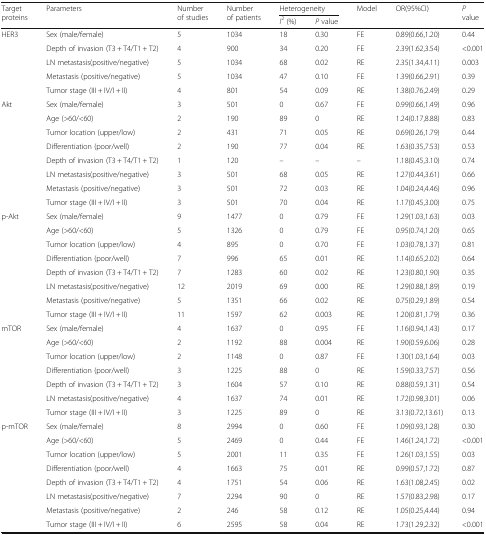
<table><thead><tr><td rowspan="2"><b>Target proteins</b></td><td rowspan="2"><b>Parameters</b></td><td rowspan="2"><b>Number of studies</b></td><td rowspan="2"><b>Number of patients</b></td><td colspan="2"><b>Heterogeneity</b></td><td rowspan="2"><b>Model</b></td><td rowspan="2"><b>OR(95%CI)</b></td><td rowspan="2"><b><i>P</i> value</b></td></tr><tr><td><b><i>I</i><sup>2</sup> (%)</b></td><td><b><i>P</i> value</b></td></tr></thead><tbody><tr><td rowspan="5">HER3</td><td>Sex (male/female)</td><td>5</td><td>1034</td><td>18</td><td>0.30</td><td>FE</td><td>0.89(0.66,1.20)</td><td>0.44</td></tr><tr><td>Depth of invasion (T3 + T4/T1 + T2)</td><td>4</td><td>900</td><td>34</td><td>0.20</td><td>FE</td><td>2.39(1.62,3.54)</td><td>&lt;0.001</td></tr><tr><td>LN metastasis(positive/negative)</td><td>5</td><td>1034</td><td>68</td><td>0.02</td><td>RE</td><td>2.35(1.34,4.11)</td><td>0.003</td></tr><tr><td>Metastasis (positive/negative)</td><td>5</td><td>1034</td><td>47</td><td>0.10</td><td>FE</td><td>1.39(0.66,2.91)</td><td>0.39</td></tr><tr><td>Tumor stage (III + IV/I + II)</td><td>4</td><td>801</td><td>54</td><td>0.09</td><td>RE</td><td>1.38(0.76,2.49)</td><td>0.29</td></tr><tr><td rowspan="8">Akt</td><td>Sex (male/female)</td><td>3</td><td>501</td><td>0</td><td>0.67</td><td>FE</td><td>0.99(0.66,1.49)</td><td>0.96</td></tr><tr><td>Age (&gt;60/&lt;60)</td><td>2</td><td>190</td><td>89</td><td>0</td><td>RE</td><td>1.24(0.17,8.88)</td><td>0.83</td></tr><tr><td>Tumor location (upper/low)</td><td>2</td><td>431</td><td>71</td><td>0.05</td><td>RE</td><td>0.69(0.26,1.79)</td><td>0.44</td></tr><tr><td>Differentiation (poor/well)</td><td>2</td><td>190</td><td>77</td><td>0.04</td><td>RE</td><td>1.63(0.35,7.53)</td><td>0.53</td></tr><tr><td>Depth of invasion (T3 + T4/T1 + T2)</td><td>1</td><td>120</td><td>–</td><td>–</td><td>–</td><td>1.18(0.45,3.10)</td><td>0.74</td></tr><tr><td>LN metastasis(positive/negative)</td><td>3</td><td>501</td><td>68</td><td>0.05</td><td>RE</td><td>1.27(0.44,3.61)</td><td>0.66</td></tr><tr><td>Metastasis (positive/negative)</td><td>3</td><td>501</td><td>72</td><td>0.03</td><td>RE</td><td>1.04(0.24,4.46)</td><td>0.96</td></tr><tr><td>Tumor stage (III + IV/I + II)</td><td>3</td><td>501</td><td>70</td><td>0.04</td><td>RE</td><td>1.17(0.45,3.00)</td><td>0.75</td></tr><tr><td rowspan="8">p-Akt</td><td>Sex (male/female)</td><td>9</td><td>1477</td><td>0</td><td>0.79</td><td>FE</td><td>1.29(1.03,1.63)</td><td>0.03</td></tr><tr><td>Age (&gt;60/&lt;60)</td><td>5</td><td>1326</td><td>0</td><td>0.79</td><td>FE</td><td>0.95(0.74,1.20)</td><td>0.65</td></tr><tr><td>Tumor location (upper/low)</td><td>4</td><td>895</td><td>0</td><td>0.70</td><td>FE</td><td>1.03(0.78,1.37)</td><td>0.81</td></tr><tr><td>Differentiation (poor/well)</td><td>7</td><td>996</td><td>65</td><td>0.01</td><td>RE</td><td>1.14(0.65,2.02)</td><td>0.64</td></tr><tr><td>Depth of invasion (T3 + T4/T1 + T2)</td><td>7</td><td>1283</td><td>60</td><td>0.02</td><td>RE</td><td>1.23(0.80,1.90)</td><td>0.35</td></tr><tr><td>LN metastasis(positive/negative)</td><td>12</td><td>2019</td><td>69</td><td>0.00</td><td>RE</td><td>1.29(0.88,1.89)</td><td>0.19</td></tr><tr><td>Metastasis (positive/negative)</td><td>5</td><td>1351</td><td>66</td><td>0.02</td><td>RE</td><td>0.75(0.29,1.89)</td><td>0.54</td></tr><tr><td>Tumor stage (III + IV/I + II)</td><td>11</td><td>1597</td><td>62</td><td>0.003</td><td>RE</td><td>1.20(0.81,1.79)</td><td>0.36</td></tr><tr><td rowspan="7">mTOR</td><td>Sex (male/female)</td><td>4</td><td>1637</td><td>0</td><td>0.95</td><td>FE</td><td>1.16(0.94,1.43)</td><td>0.17</td></tr><tr><td>Age (&gt;60/&lt;60)</td><td>2</td><td>1192</td><td>88</td><td>0.004</td><td>RE</td><td>1.90(0.59,6.06)</td><td>0.28</td></tr><tr><td>Tumor location (upper/low)</td><td>2</td><td>1148</td><td>0</td><td>0.87</td><td>FE</td><td>1.30(1.03,1.64)</td><td>0.03</td></tr><tr><td>Differentiation (poor/well)</td><td>3</td><td>1225</td><td>88</td><td>0</td><td>RE</td><td>1.59(0.33,7.57)</td><td>0.56</td></tr><tr><td>Depth of invasion (T3 + T4/T1 + T2)</td><td>3</td><td>1604</td><td>57</td><td>0.10</td><td>RE</td><td>0.88(0.59,1.31)</td><td>0.54</td></tr><tr><td>LN metastasis(positive/negative)</td><td>4</td><td>1637</td><td>74</td><td>0.01</td><td>RE</td><td>1.72(0.98,3.01)</td><td>0.06</td></tr><tr><td>Tumor stage (III + IV/I + II)</td><td>3</td><td>1225</td><td>89</td><td>0</td><td>RE</td><td>3.13(0.72,13.61)</td><td>0.13</td></tr><tr><td rowspan="8">p-mTOR</td><td>Sex (male/female)</td><td>8</td><td>2994</td><td>0</td><td>0.60</td><td>FE</td><td>1.09(0.93,1.28)</td><td>0.30</td></tr><tr><td>Age (&gt;60/&lt;60)</td><td>5</td><td>2469</td><td>0</td><td>0.44</td><td>FE</td><td>1.46(1.24,1.72)</td><td>&lt;0.001</td></tr><tr><td>Tumor location (upper/low)</td><td>5</td><td>2001</td><td>11</td><td>0.35</td><td>FE</td><td>1.26(1.03,1.55)</td><td>0.03</td></tr><tr><td>Differentiation (poor/well)</td><td>4</td><td>1663</td><td>75</td><td>0.01</td><td>RE</td><td>0.99(0.57,1.72)</td><td>0.87</td></tr><tr><td>Depth of invasion (T3 + T4/T1 + T2)</td><td>4</td><td>1751</td><td>54</td><td>0.06</td><td>RE</td><td>1.63(1.08,2.45)</td><td>0.02</td></tr><tr><td>LN metastasis(positive/negative)</td><td>7</td><td>2294</td><td>90</td><td>0</td><td>RE</td><td>1.57(0.83,2.98)</td><td>0.17</td></tr><tr><td>Metastasis (positive/negative)</td><td>2</td><td>246</td><td>58</td><td>0.12</td><td>RE</td><td>1.05(0.25,4.44)</td><td>0.94</td></tr><tr><td>Tumor stage (III + IV/I + II)</td><td>6</td><td>2595</td><td>58</td><td>0.04</td><td>RE</td><td>1.73(1.29,2.32)</td><td>&lt;0.001</td></tr></tbody></table>